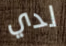
لدي